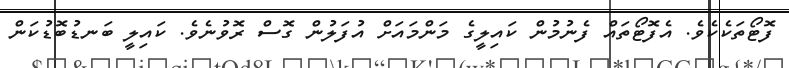
ފޮޓޯތަކެކެވެ. އެފޮޓޯތައް ފެނުމުން ކައިލީގެ މަންމައަށް އުފަލުން ގޮސް ރޮވުނެވެ. ކައިލީ ބަނޑުބޮޑުކަން